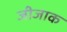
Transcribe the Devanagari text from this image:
जीजाक